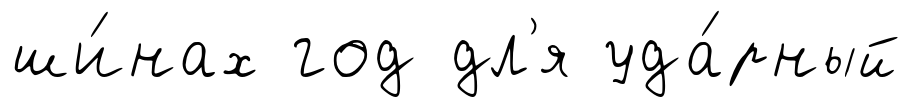
ши́нах год дл'я уда́рный